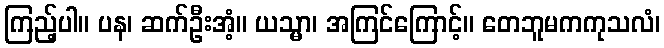
ကြည့်ပါ။ ပန၊ ဆက်ဦးအံ့။ ယသ္မာ၊ အကြင်ကြောင့်။ တေဘူမကကုသလံ၊